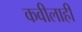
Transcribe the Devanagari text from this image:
कवीलाही